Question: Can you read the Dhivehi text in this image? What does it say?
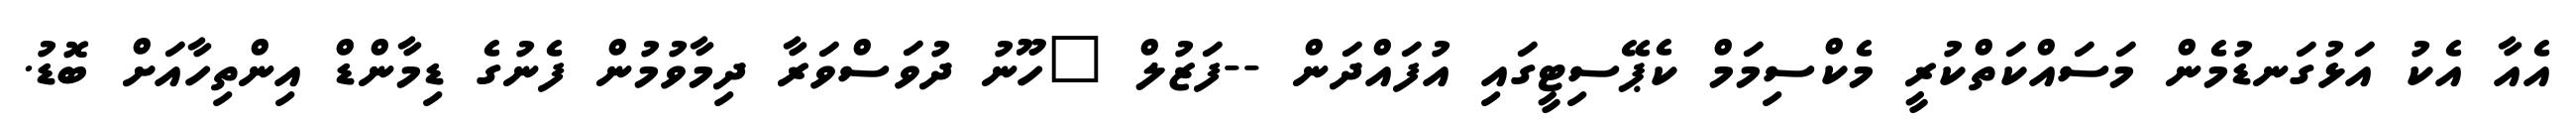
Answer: އެއާ އެކު އަޅުގަނޑުމެން މަސައްކަތްކުރީ މެކްސިމަމް ކެޕޭސިޓީގައި އުފައްދަން --ފަޒުލް "ހޫނު ދުވަސްވަރާ ދިމާވުމުން ފެނުގެ ޑިމާންޑް އިންތިހާއަށް ބޮޑު.